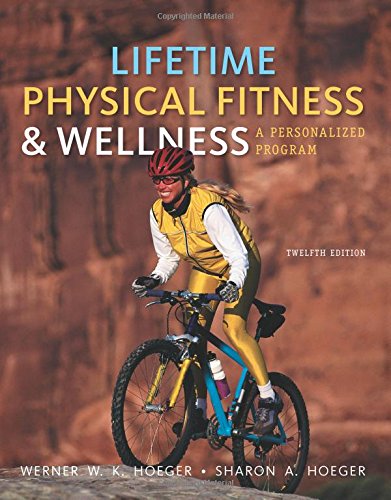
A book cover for Lifetime Physical Fitness and Wellness: A Personalized Program; Wener W.K. Hoeger; Medical Books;